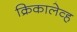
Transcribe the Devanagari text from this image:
क्रिकालेव्ह